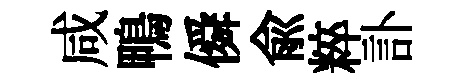
咸鴨僢兪粹訃